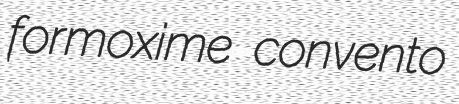
formoxime convento